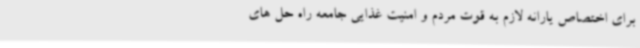
برای اختصاص یارانه لازم به قوت مردم و امنیت غذایی جامعه راه حل های